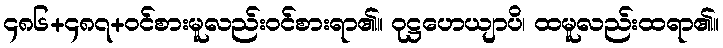
၄၈၆+၄၈၇+ဝင်စားမူလည်းဝင်စားရာ၏။ ဝုဋ္ဌဟေယျာပိ၊ ထမူလည်းထရာ၏။